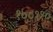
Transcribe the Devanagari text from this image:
१००११०